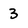
Character: 3